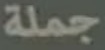
جملة